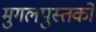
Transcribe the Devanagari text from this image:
मुगलपुस्तकों